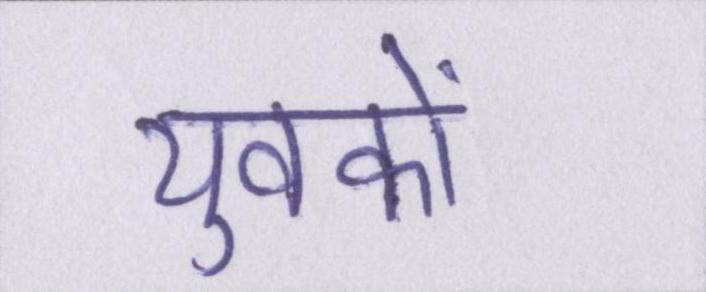
युवकों